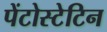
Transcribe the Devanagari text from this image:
पेंटोस्टेटिन